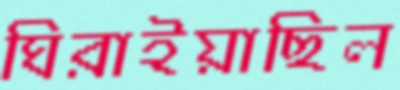
ঘিরাইয়াছিল